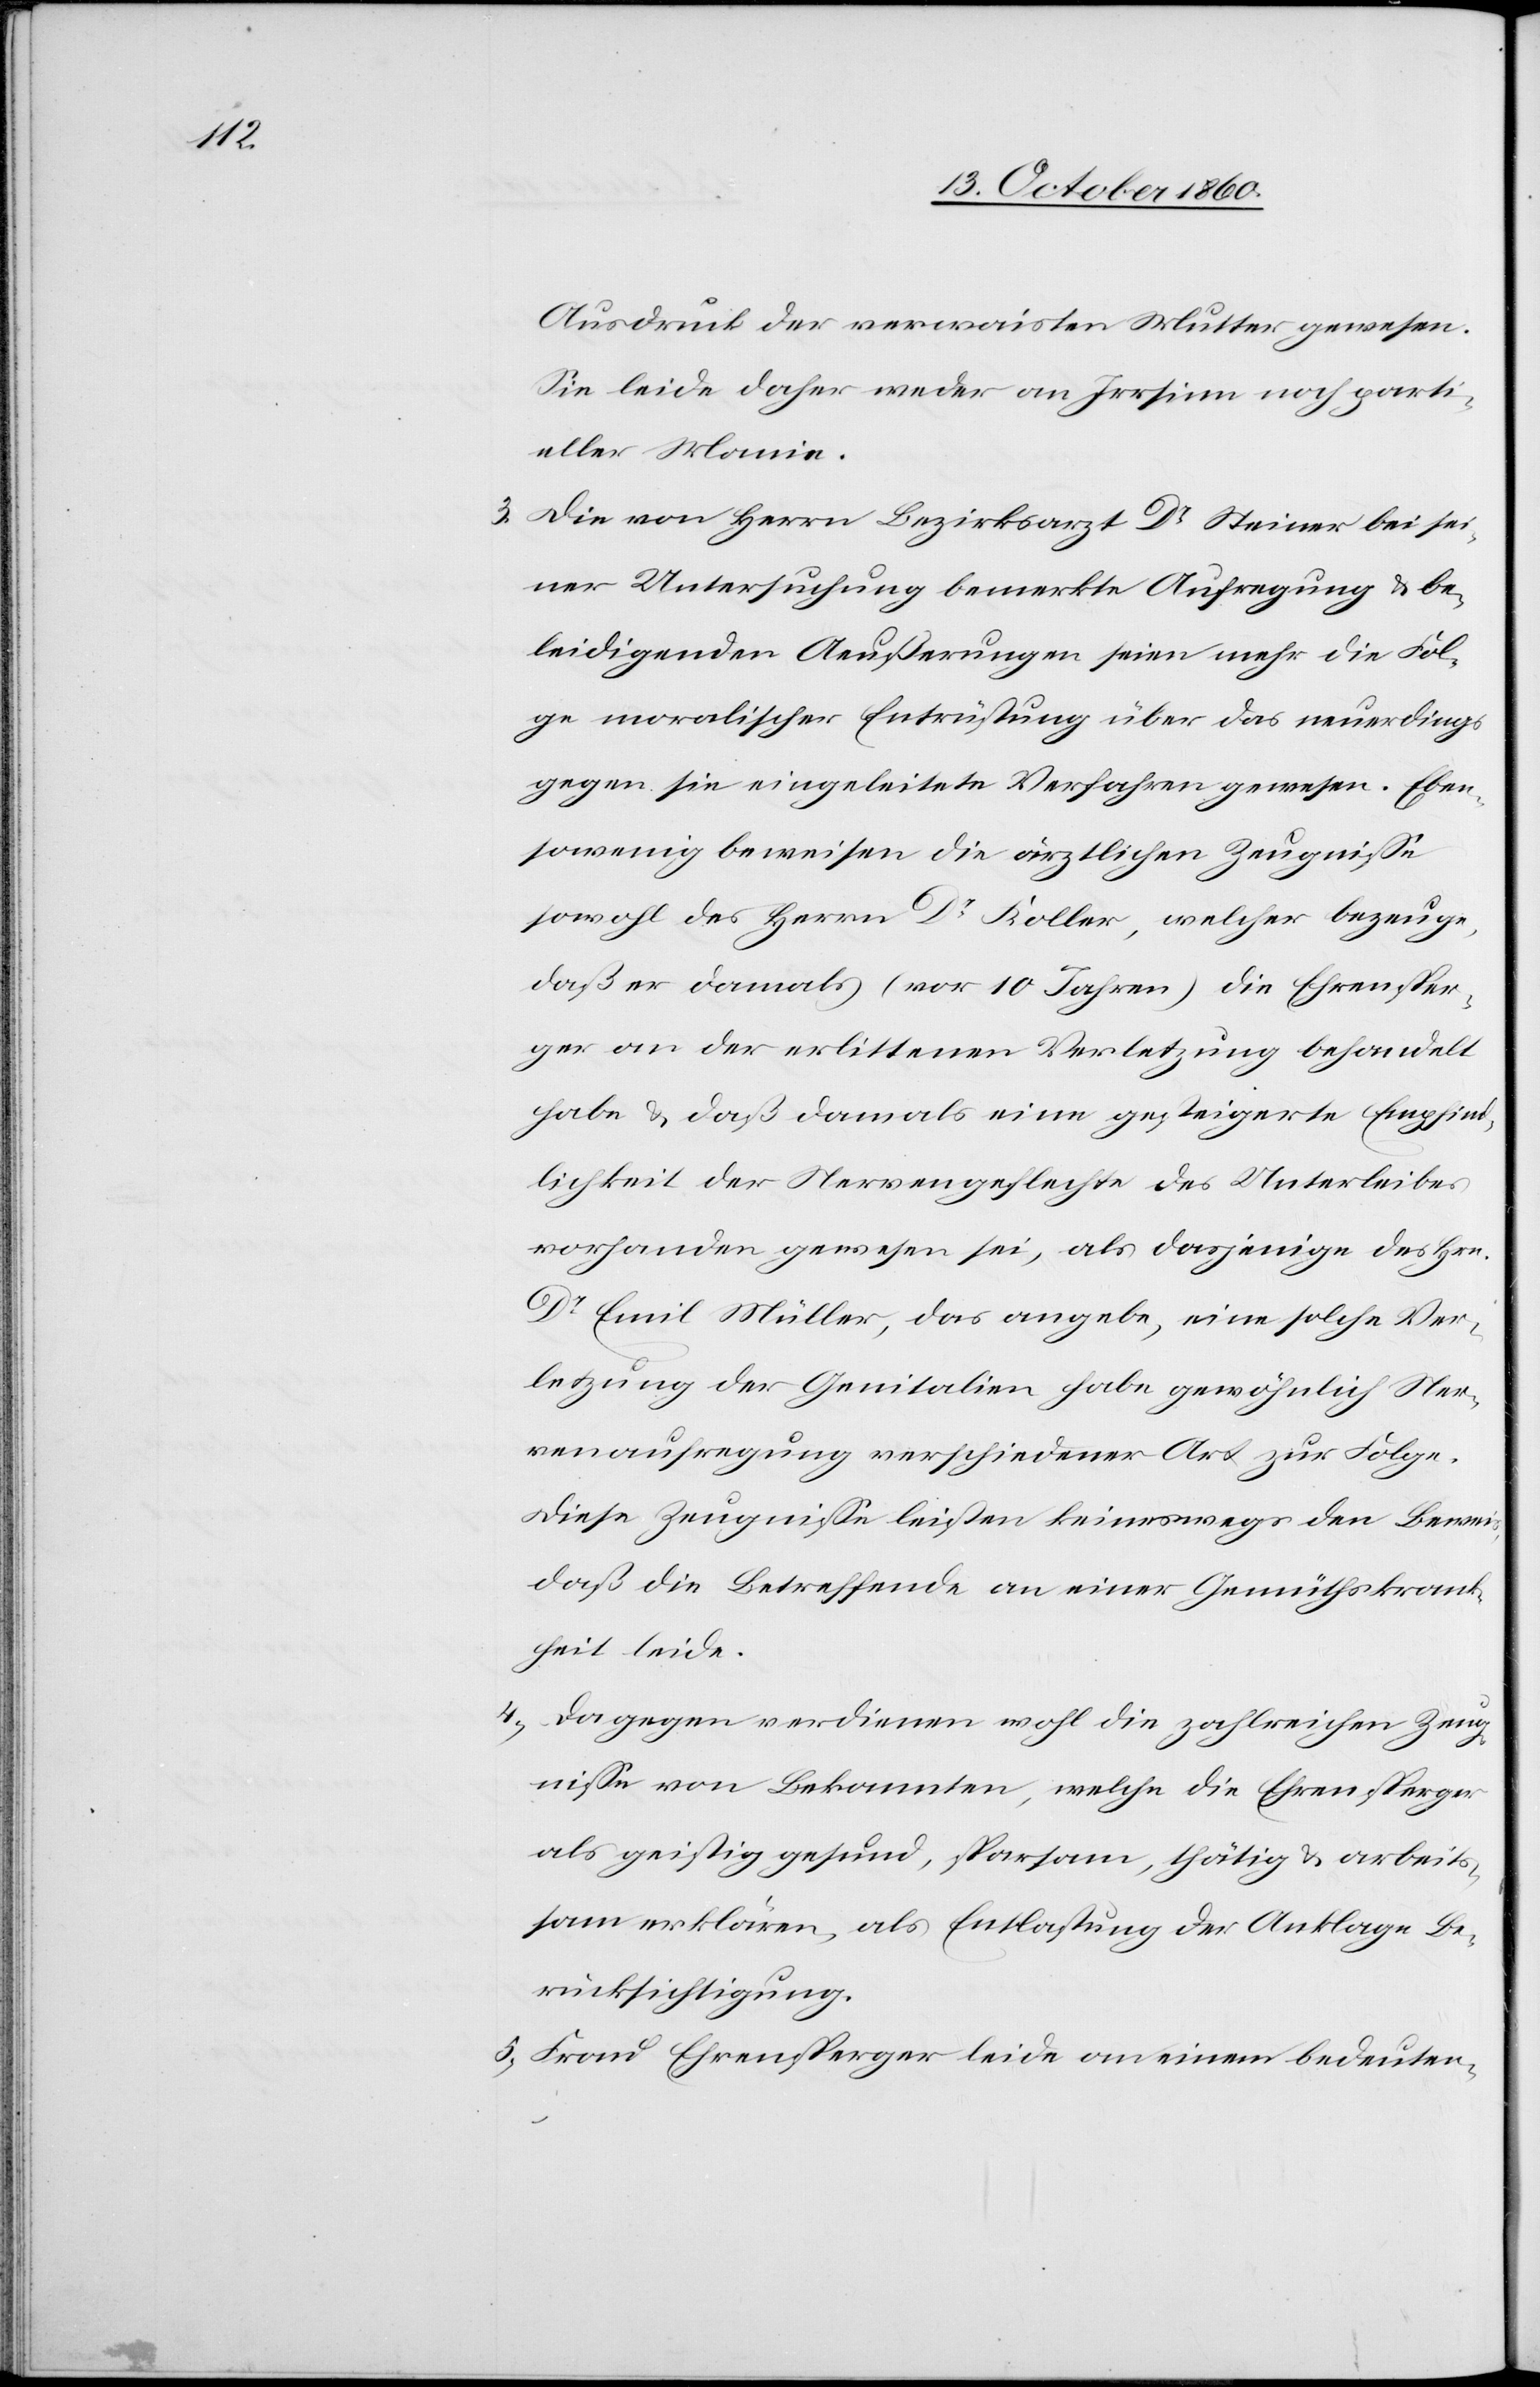
Ausdruck der verwaisten Mutter gewesen.
Sie leide daher weder an Irrsinn noch parti¬
eller Manie.
3) Die von Herrn Bezirksarzt Dr Steiner bei sei¬
ner Untersuchung bemerkte Aufregung u. be¬
leidigenden Aeußerungen seien mehr die Fol¬
ge moralischer Entrüstung über das neuerdings
gegen sie eingeleitete Verfahren gewesen. Eben¬
sowenig beweisen die ärztlichen Zeugnisse
sowohl des Herrn Dr Koller, welcher bezeuge,
daß er damals (vor 10 Jahren) die Ehrensper¬
ger an der erlittenen Verletzung behandelt
habe u. daß damals eine gesteigerte Empfind¬
lichkeit der Nervengeflechte des Unterleibes
vorhanden gewesen sei, als dasjenige des Hrn.
Dr Emil Müller, das angebe, eine solche Ver¬
letzung der Genitalien habe gewöhnlich Ner¬
venaufregung verschiedener Art zur Folge.
Diese Zeugnisse leisten keineswegs den Beweis,
daß die Betreffende an einer Gemüthskran¬
kheit leide.
4) Dagegen verdienen wohl die zahlreichen Zeug¬
nisse von Bekannten, welche die Ehrensperger
als geistig gesund, sparsam, thätig u. arbeits¬
sam erklären, als Entlastung der Anklage Be¬
rücksichtigung.
5) Frau Ehrensperger leide an einem bedeuten-